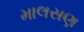
માલસણ